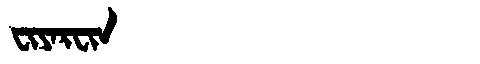
Manchu: ᠸᡳᠶᠠᡵᠸᡳᠨ
Romanization: FIYARFIN